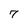
Character: 7